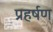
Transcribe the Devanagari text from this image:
प्रहर्षण